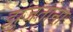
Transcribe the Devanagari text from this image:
झुंजताना